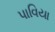
પાવિયા